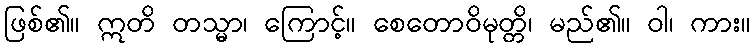
ဖြစ်၏။ ဣတိ တသ္မာ၊ ကြောင့်။ စေတောဝိမုတ္တိ၊ မည်၏။ ဝါ၊ ကား။